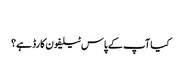
‬
‫کیا آپ کے پاس ٹیلیفون کارڈ ہے؟